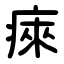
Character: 㾢